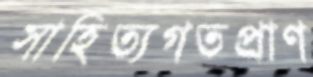
সাহিত্যগতপ্রাণ